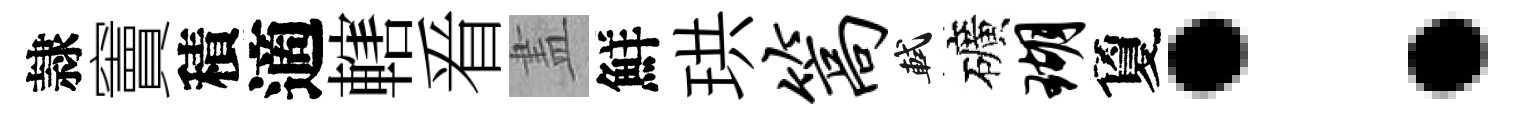
隷竇積適轄㸔𥁞鮮珙篙軾礦瑚夐：